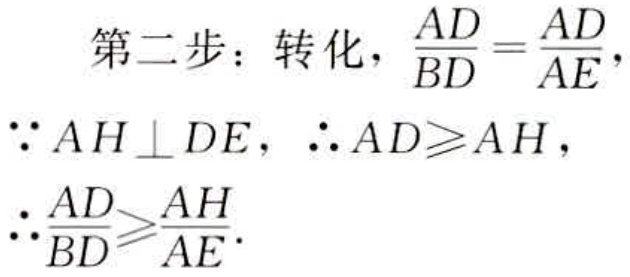
第二步：转化，\(\frac{AD}{BD}=\frac{AD}{AE}\)，

\(\because AH\perp DE\)，\(\therefore AD\geqslant AH\)，

\(\therefore\frac{AD}{BD}\geqslant\frac{AH}{AE}\)。